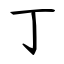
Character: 丁